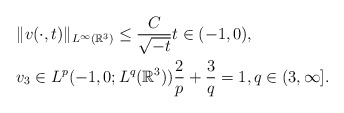
\begin{align*}&\|v(\cdot,t)\|_{L^\infty(\mathbb{R}^3)} \leq \frac{C}{\sqrt{-t}} t \in (-1,0),\\&v_3 \in L^p(-1,0;L^q(\mathbb{R}^3)) \frac{2}{p} + \frac{3}{q} = 1, q \in (3,\infty].\end{align*}